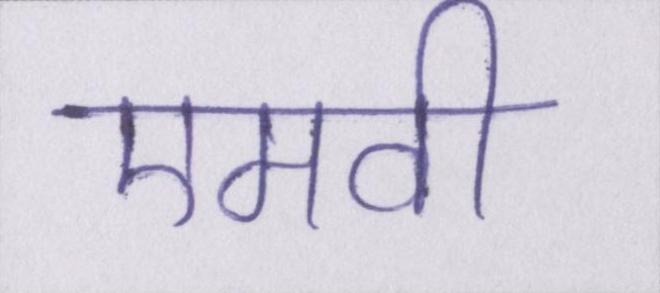
एमवी